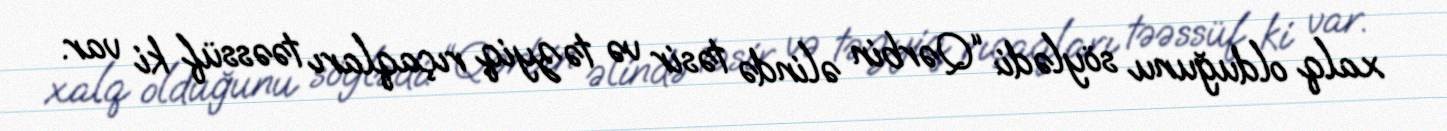
xalq olduğunu söylədi: “Qərbin əlində təsir və təzyiq rıçaqları təəssüf ki var.